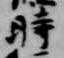
時